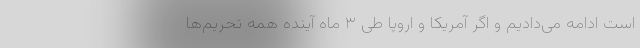
است ادامه می‌دادیم و اگر آمریکا و اروپا طی ۳ ماه آینده همه تحریم‌ها